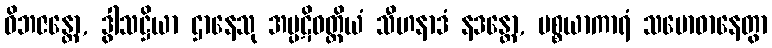
ဝိဘဇန္တော, ဒွါသဋ္ဌိယာ ဌာနေသု အပ္ပဋိဝတ္တိယံ သီဟနာဒံ နဒန္တော, ပစ္စယာကာရံ သမောဓာနေတွာ